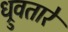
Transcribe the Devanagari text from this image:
ध्रुवतारे